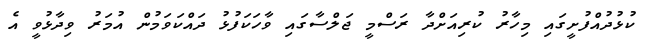
ކުޅުދުއްފުށީގައި މިހާރު ކުރިއަށްދާ ރަސްމީ ޖަލްސާގައި ވާހަކަފުޅު ދައްކަވަމުން އުމަރު ވިދާޅުވީ އެ